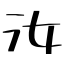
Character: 汝